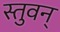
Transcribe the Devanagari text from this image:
स्तुवन्